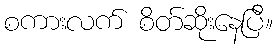
စကားလက် စိတ်ဆိုးနေပြီ။